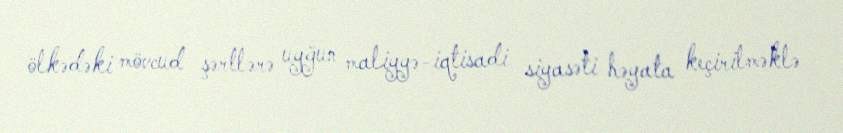
ölkədəki mövcud şərtlərə uyğun maliyyə-iqtisadi siyasəti həyata keçirilməklə